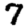
Digit: 7